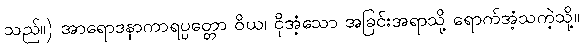
သည်။) အာရောဒနာကာရပ္ပတ္တော ဝိယ၊ ငိုအံ့သော အခြင်းအရာသို့ ရောက်အံ့သကဲ့သို့။